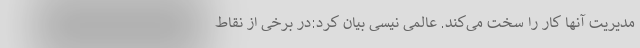
مدیریت آنها کار را سخت می‌کند. عالمی نیسی بیان کرد:در برخی از نقاط